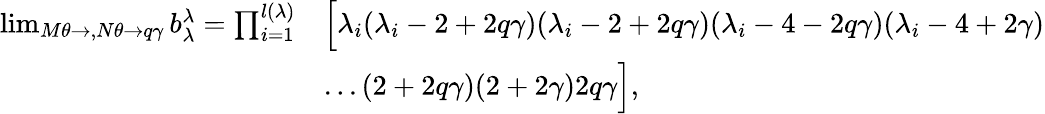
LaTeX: \begin{array}{rl}{\operatorname*{lim}_{M\theta\rightarrow,N\theta\rightarrow q\gamma}b_{\lambda}^{\lambda}=\prod_{i=1}^{l(\lambda)}}&{\Big[\lambda_{i}(\lambda_{i}-2+2q\gamma)(\lambda_{i}-2+2q\gamma)(\lambda_{i}-4-2q\gamma)(\lambda_{i}-4+2\gamma)}\\ &{...(2+2q\gamma)(2+2\gamma)2q\gamma\Big],}\end{array}